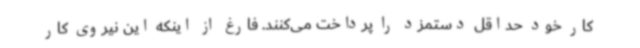
کار خود حداقل دستمزد را پرداخت می‌کنند. فارغ از اینکه این نیروی کار